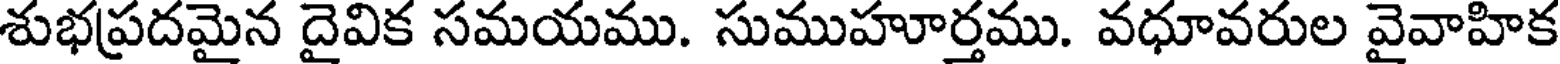
శుభప్రదమైన దైవిక సమయము. సుముహూర్తము. వధూవరుల వైవాహిక